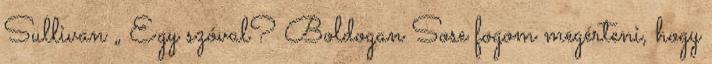
Sullivan „ Egy szóval? Boldogan Sose fogom megérteni, hogy